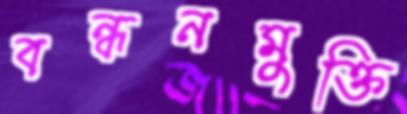
বন্ধনমুক্তি